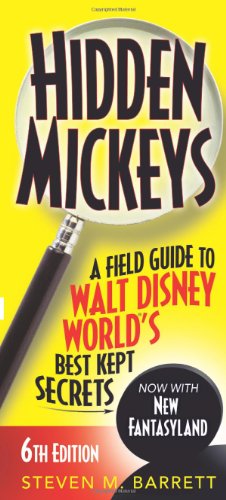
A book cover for Hidden Mickeys: A Field Guide to Walt Disney WorldÂ®'s Best Kept Secrets; Steven M. Barrett; Travel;